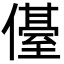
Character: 㒗